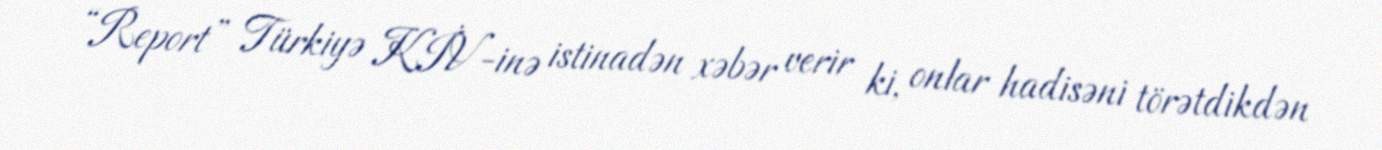
“Report” Türkiyə KİV-inə istinadən xəbər verir ki, onlar hadisəni törətdikdən